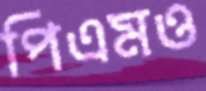
পিএমও